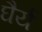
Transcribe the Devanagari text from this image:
घैर्य